Vaccination United Provinces of Agra and Oudh 1923-1928 - 1923-1928
Year: 1923
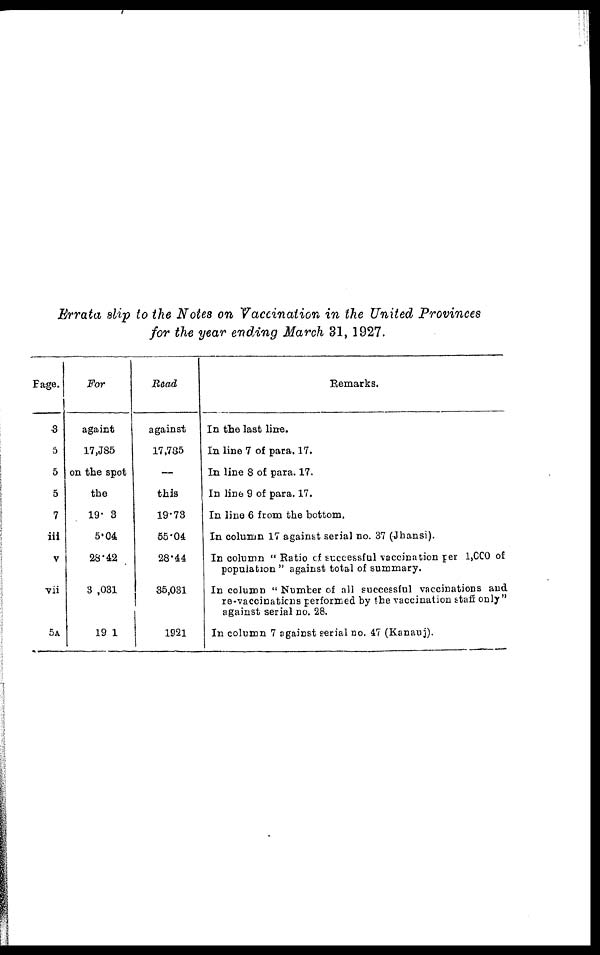
Errata slip to the Notes on Vaccination in the United Provinces
for the year ending March 31, 1927.
Page.
3
5
5
5
7
iii
v
vii
5A
For
againt
17,J85
on the spot
the
19. 3
5.04
28.42
3 ,031
1901
Read
against
17,705
—
this
19.73
55.04
28.44
35,031
1921
Remarks.
In the last line.
In line 7 of para. 17.
In line 8 of para. 17.
In line 9 of para. 17.
In line 6 from the bottom.
In column 17 against serial no. 37 (Jhansi).
In column " Ratio of successful vaccination per 1,000 of
population " against total of summary.
In column " Number of all successful vaccinations and
re-vaccinations performed by the vaccination staff only"
against serial no. 28.
In column 7 against serial no. 47 (Kanauj).